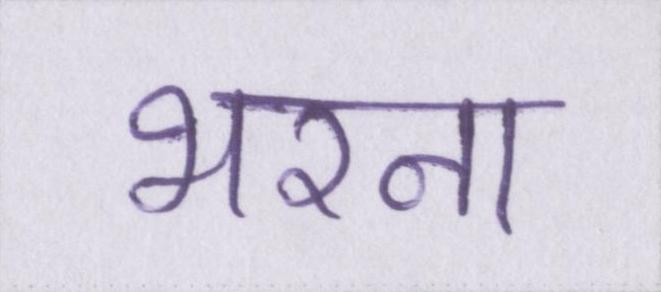
भरना